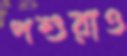
পশুরাও